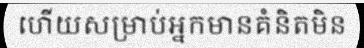
ហើយសម្រាប់អ្នកមានគំនិតមិន